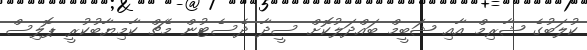
ކުލަބުގެ ޝާރިމް އާއި ޝަބީމް ބައްދަލުކޮށް ސީދާ ދެސެޓުން މެޗް ކާމިޔާބުކުރީ ޕޮލިސް